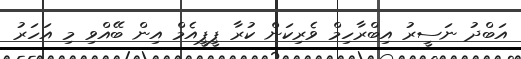
އަބްދު ނަސީރު އިބްރާހިމް ވެރިކަން ކުރާ ޕީޕީއެމް އިން ބޭއްވި މި އަހަރު